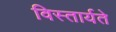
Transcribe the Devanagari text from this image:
विस्तार्यते